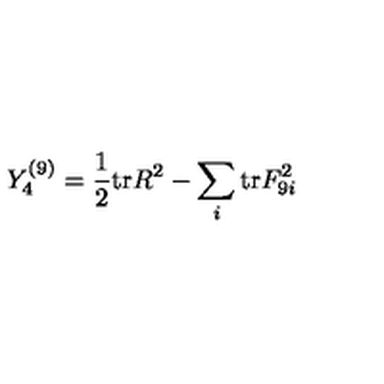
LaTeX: Y _ { 4 } ^ { ( 9 ) } = { \frac { 1 } { 2 } } \mathrm { t r } R ^ { 2 } - \sum _ { i } \mathrm { t r } F _ { 9 i } ^ { 2 }